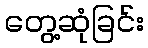
တွေ့ဆုံခြင်း